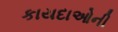
કાયદાઓની